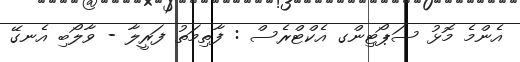
އެންމެ މޮޅު ސަޕޯޓިންގ އެކްޓްރެސް : ފާތިމަތު ފަރީލާ - ވާލޯބި އެނގޭ